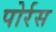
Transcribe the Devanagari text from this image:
पोर्रस